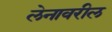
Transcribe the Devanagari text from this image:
लेनावरील